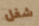
شغل